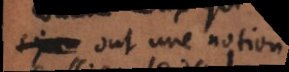
ont une notion